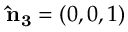
{ \bf \hat { n } _ { 3 } } = ( 0 , 0 , 1 )